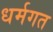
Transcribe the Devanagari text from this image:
धर्मगत